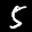
Label: 5